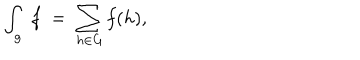
\int _ { g } \; f \; = \; \sum _ { h \in G } f ( h ) ,